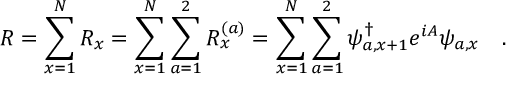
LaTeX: R = \sum _ { x = 1 } ^ { N } R _ { x } = \sum _ { x = 1 } ^ { N } \sum _ { a = 1 } ^ { 2 } R _ { x } ^ { ( a ) } = \sum _ { x = 1 } ^ { N } \sum _ { a = 1 } ^ { 2 } \psi _ { a , x + 1 } ^ { \dag } e ^ { i A } \psi _ { a , x } \quad .